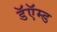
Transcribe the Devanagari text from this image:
डॅऍम्ड